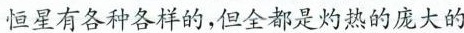
恒星有各种各样的，但全都是灼热的庞大的